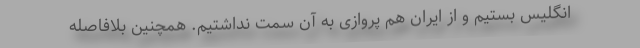
انگلیس بستیم و از ایران هم پروازی به آن سمت نداشتیم. همچنین بلافاصله